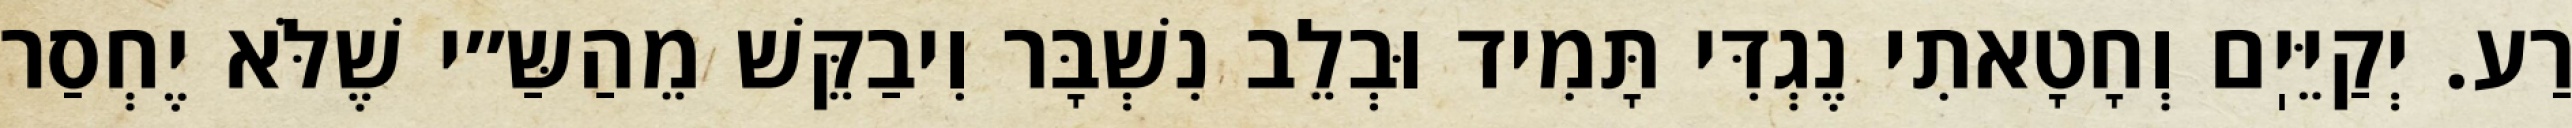
רַע. יְקַיֵּיֽם וְחָטָאתִי נֶגְדִּי תָּמִיד וּבְלֵב נִשְׁבָּר וִיבַקֵּשׁ מֵהַשַּ״י שֶׁלֹּא יֶחְסַר